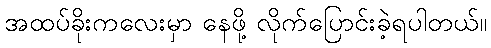
အထပ်ခိုးကလေးမှာ နေဖို့ လိုက်ပြောင်းခဲ့ရပါတယ်။